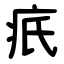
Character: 疧